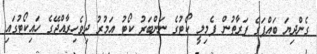
ގެންދިޔަ ބައްޕަގެ ފަރާތުން ފެމިލީ ކޯޓުގެ ނަންބަރު ކޯޓު އަމުރު ދިވެހިރާއްޖޭގެ ހައިކޯޓުގައި